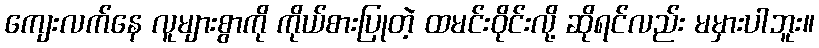
ကျေးလက်နေ လူများစွာကို ကိုယ်စားပြုတဲ့ ထမင်းဝိုင်းလို့ ဆိုရင်လည်း မမှားပါဘူး။